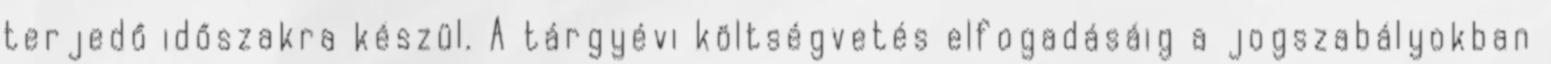
terjedő időszakra készül. A tárgyévi költségvetés elfogadásáig a jogszabályokban